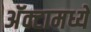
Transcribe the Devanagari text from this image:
अॅक्टामध्यें